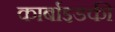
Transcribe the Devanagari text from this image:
कार्बाइडकी